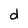
Character: d